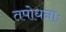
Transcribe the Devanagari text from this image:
तपोधनाः